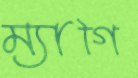
ম্যাগি